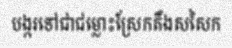
បង្ករទៅជាជម្លោះស្រែកតឹងសសៃក